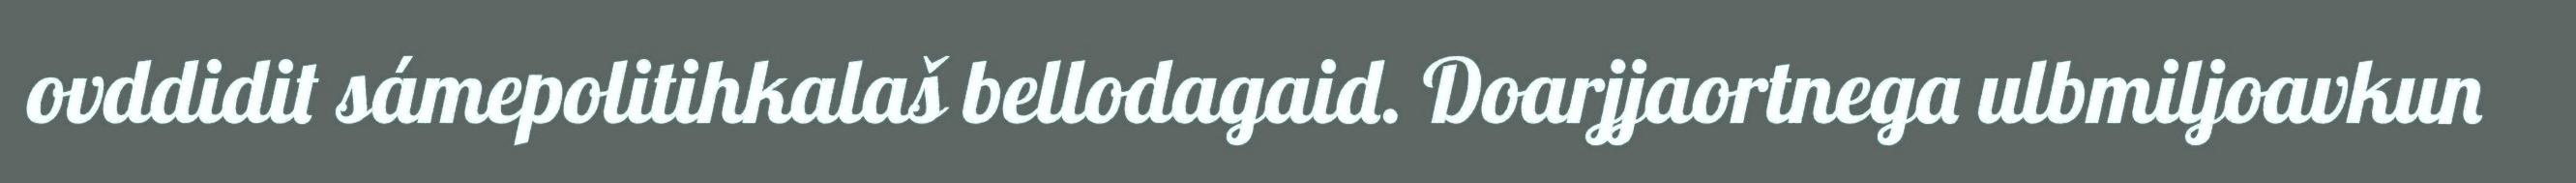
ovddidit sámepolitihkalaš bellodagaid. Doarjjaortnega ulbmiljoavkun